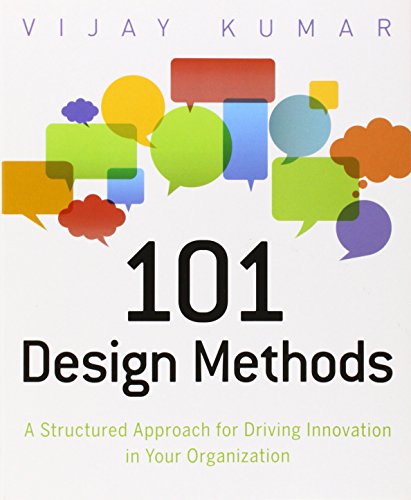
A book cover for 101 Design Methods: A Structured Approach for Driving Innovation in Your Organization; Vijay Kumar; Arts & Photography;